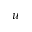
u